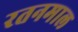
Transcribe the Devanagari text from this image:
रतनमाल